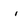
Character: i